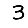
Digit: 3